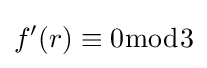
f'(r)\equiv 0{\bmod {3}}